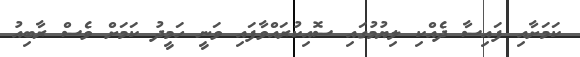
ކަމަށާއި ފައިސާ ދެއްކި ލިޔުމުގައި ސޮއިކުރައްވާފައި ވަނީ ހަމީދު ކަމަށް ވެސް ރާބިއު